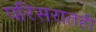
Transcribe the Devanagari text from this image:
परिसरातही